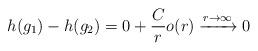
LaTeX: \begin{align*}h(g_1)-h(g_2)=0+\frac{C}{r}o(r)\xrightarrow{r\to\infty}0\end{align*}